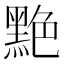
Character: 䵥